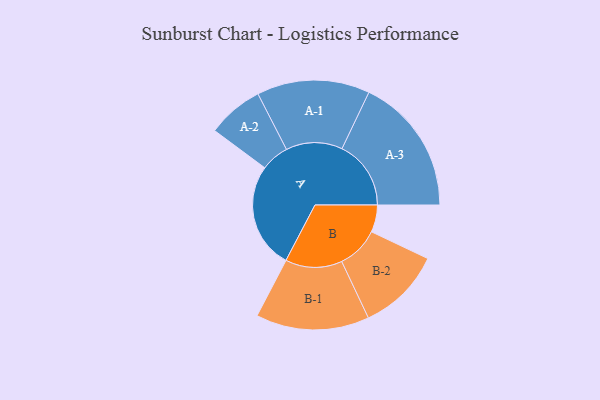
{"axis": {"x": "Segment", "y": "Value"}, "legend": ["", "A", "B"], "data": [{"x": "A", "y": 448, "type": ""}, {"x": "B", "y": 115, "type": ""}, {"x": "A-1", "y": 239, "type": "A"}, {"x": "A-2", "y": 119, "type": "A"}, {"x": "A-3", "y": 292, "type": "A"}, {"x": "B-1", "y": 240, "type": "B"}, {"x": "B-2", "y": 178, "type": "B"}]}